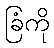
ခြံကို